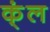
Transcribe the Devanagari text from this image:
क्ंल